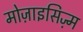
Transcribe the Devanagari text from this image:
मोज़ाइसिज़्म